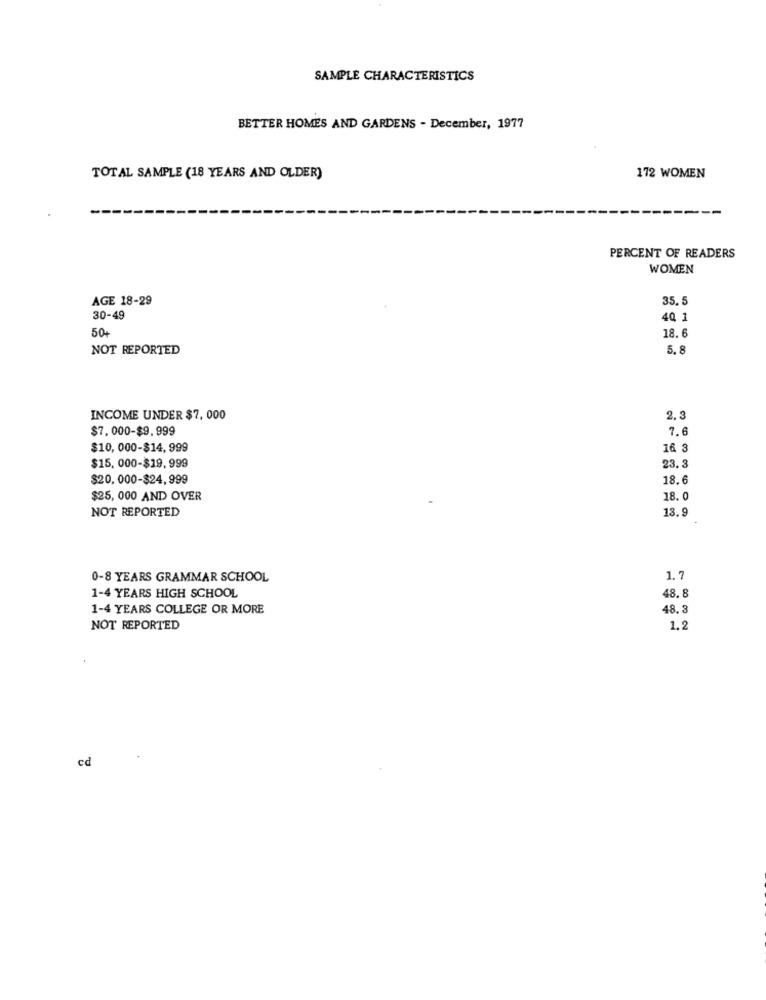
SAMPLE CHARACTERISTICS
BETTER HOMES AND GARDENS - December, 1977
TOTAL SAMPLE (18 YEARS AND OLDER)
172 WOMEN
PERCENT OF READERS
WOMEN
AGE 18-29
35.5
30-49
40 1
50+
18.6
NOT REPORTED
5.8
INCOME UNDER $7, 000
2.3
$7. 000-$9.999
7.6
$10, 000-$14, 999
16 3
$15, 000-$19, 999
23. 3
$20, 000-$24,999
18.6
$25, 000 AND OVER
18. 0
NOT REPORTED
13.9
0-8 YEARS GRAMMAR SCHOOL
1.7
48.8
1-4 YEARS HIGH SCHOOL
1-4 YEARS COLLEGE OR MORE
48.3
NOT REPORTED
1.2
cd